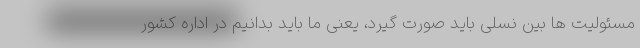
مسئولیت ها بین نسلی باید صورت گیرد، یعنی ما باید بدانیم در اداره کشور